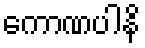
ကောဏပါနိ